Sleeping sickness
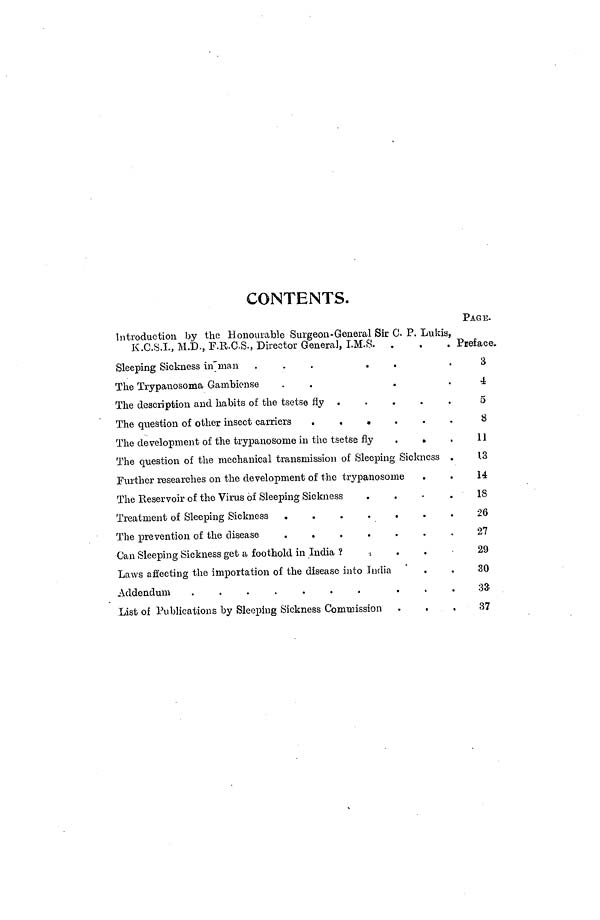
CONTENTS.
PAGE.
Introduction by the Honourable Surgeon-General Sir C. P. Lukis,
K.C.S.I., M.D., F.R.C.S., Director General, I.M.S. .
.
. Preface
Sleeping Sickness i n man .
.
.
.
.
3
The Trypanosoma Ganibiense
.
.
.
4
The description and habits of the tsetse fly .....
5
The question of other insect carriers
.
.
.
.
.
.
8
The development of the trypanosome in the tsetse
fly
.
.
11
The question of the mechanical transmission of Sleeping Sickness .
13
Further researches on the development of the trypanosome
.
.
14
The Reservoir of the Virus of Sleeping Sickness
.
.
.
.
18
Treatment of Sleeping Sickness .
.
.
.
.
.
.
26
The prevention of the disease
.
.
.
.
.
.
.
27
Can Sleeping Sickness get a foothold in India ?
.
29
Laws affecting the importation of the disease into India
.
.
30
Addendum
.
.
.
.
.
.
.
33
List of Publications by Sleeping Sickness Commission .
.
.
37